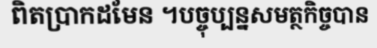
ពិតប្រាកដមែន ។បច្ចុប្បន្នសមត្ថកិច្ចបាន